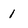
Character: 1